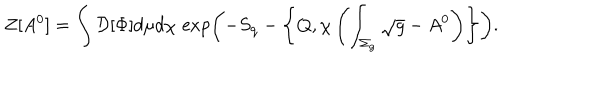
Z [ A ^ { 0 } ] = \int { \cal D } [ \Phi ] d \mu d \chi \, \exp \biggl ( - S _ { \mathrm { q } } - \left\{ Q , \chi \left( \int _ { \Sigma _ { g } } \sqrt { g } - A ^ { 0 } \right) \right\} \biggr ) .